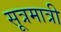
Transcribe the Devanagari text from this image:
सूत्रमात्री